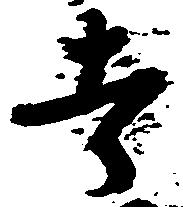
者